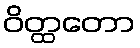
ဝိတ္ထတော